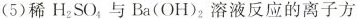
(5)稀H_{2}SO_{4}与Ba(OH)_{2}溶液反应的离子方